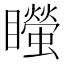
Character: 𥌴